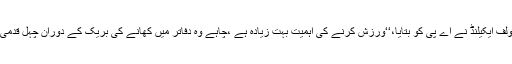
’نارویجین اسکول آف اسپورٹس اینڈ سائنسزناورے‘ سے منسلک اور اس رپورٹ کے مصنف اولف ایکیلنڈ نے اے پی کو بتایا،‘‘ورزش کرنے کی اہمیت بہت زیادہ ہے ،چاہے وہ دفاتر میں کھانے کی بریک کے دوران چہل قدمی ہو، علی الصبح دوڑنا، یا سائیکل پردفتر جانا ہو، یہ سب اچھی صحت کے لیے ضروری ہے۔